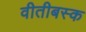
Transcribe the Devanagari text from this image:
वीतीबस्क